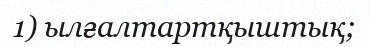
1) ылғалтартқыштық;